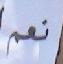
نعم